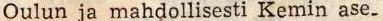
Oulun ja mahdollisesti Kemin ase-